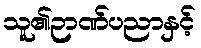
သူ၏ဉာဏ်ပညာနှင့်